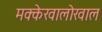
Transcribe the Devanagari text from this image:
मक्केखालोखाल